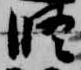
修